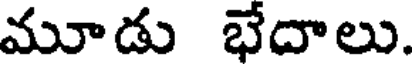
మూడు భేదాలు.